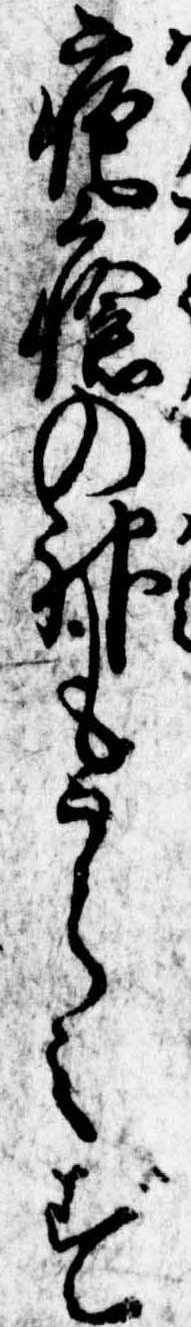
疱瘡の神もうらみず